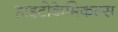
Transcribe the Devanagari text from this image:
हाइटोकेमिकल्स